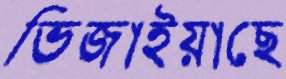
ভিজাইয়াছে